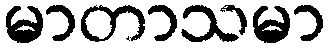
မာတာသမာ